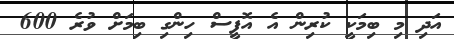
އަދި މި ބިމަކީ ކުރިން އެ އޮފީސް ހިންގި ބިމަށް ވުރެ 600